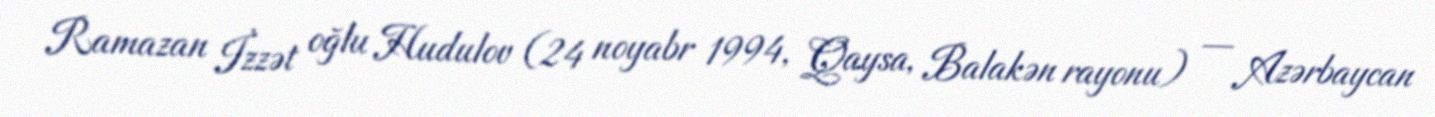
Ramazan İzzət oğlu Hudulov (24 noyabr 1994, Qaysa, Balakən rayonu) — Azərbaycan